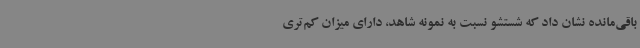
باقی‌مانده نشان داد که شستشو نسبت به نمونه شاهد، دارای میزان کم‌تری